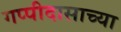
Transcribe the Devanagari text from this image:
गप्पीदासाच्या